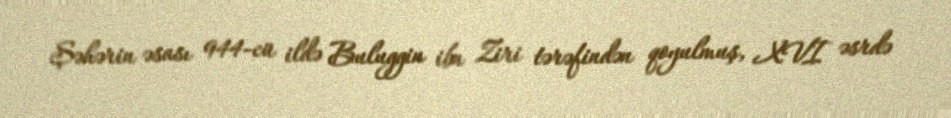
Şəhərin əsası 944-cü ildə Buluggin ibn Ziri tərəfindən qoyulmuş, XVI əsrdə